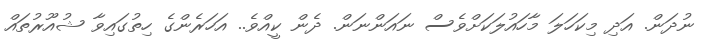
ނުދަން. އަދި މިކަހަލަ މާހައުލަކަށްވެސް ނައަންނަން. ދެން ކީއްވެ.. އަހަރެންގެ ހިތުގައިވާ ޝުއޫރުތައް